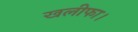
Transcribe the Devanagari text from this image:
खलीफा।